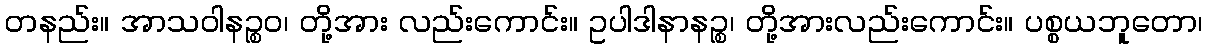
တနည်း။ အာသဝါနဉ္စဝ၊ တို့အား လည်းကောင်း။ ဥပါဒါနာနဉ္စ၊ တို့အားလည်းကောင်း။ ပစ္စယဘူတော၊